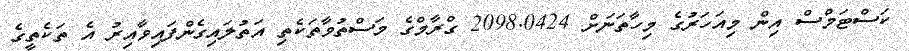
ކަސްޓަމްސް އިން މިއަހަރުގެ މިހާތަނަށް 2098.0424 ގްރާމްގެ މަސްތުވާތަކެތި އަތުލައިގެންފައިވާއިރު އެ ތަކެތީގެ